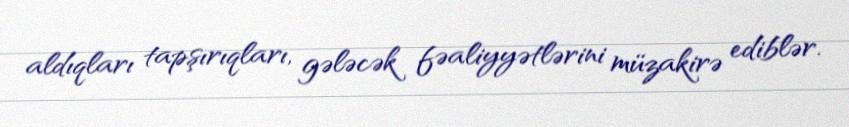
aldıqları tapşırıqları, gələcək fəaliyyətlərini müzakirə ediblər.